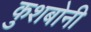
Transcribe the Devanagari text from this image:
कुशबोनी